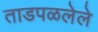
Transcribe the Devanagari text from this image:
ताडपळलेले